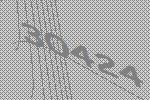
30424